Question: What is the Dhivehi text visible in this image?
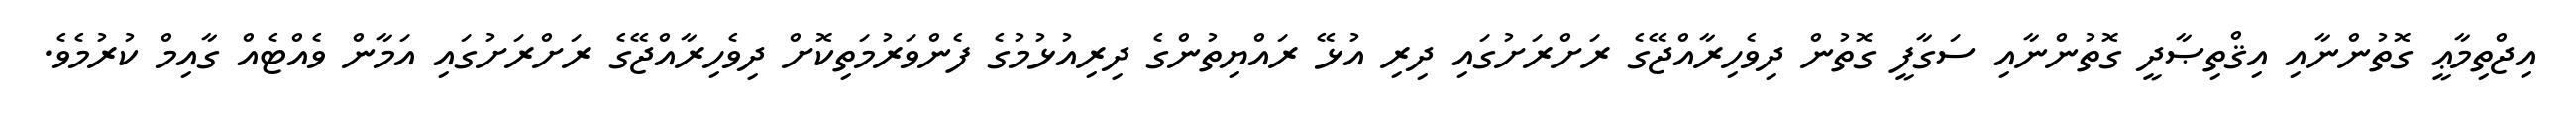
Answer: އިޖްތިމާޢީ ގޮތުންނާއި އިޤްތިޞާދީ ގޮތުންނާއި ސަގާފީ ގޮތުން ދިވެހިރާއްޖޭގެ ރަށްރަށުގައި ދިރި އުޅޭ ރައްޔިތުންގެ ދިރިއުޅުމުގެ ފެންވަރުމަތިކޮށް ދިވެހިރާއްޖޭގެ ރަށްރަށުގައި އަމާން ވެއްޓެއް ގާއިމް ކުރުމެވެ.